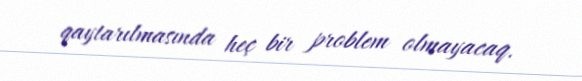
qaytarılmasında heç bir problem olmayacaq.